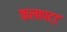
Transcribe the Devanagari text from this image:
कलापट्ट